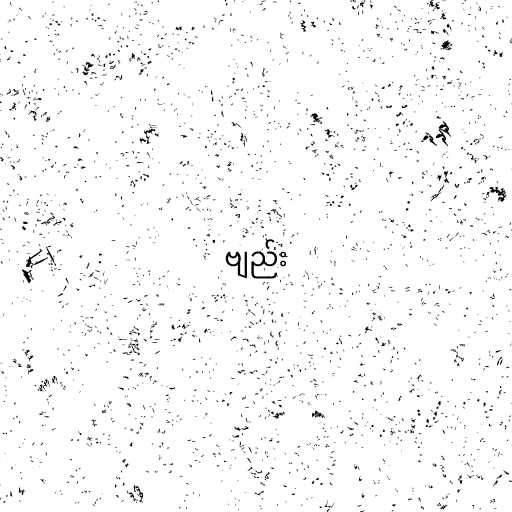
ဗျည်း